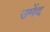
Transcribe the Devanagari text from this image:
उमेंद